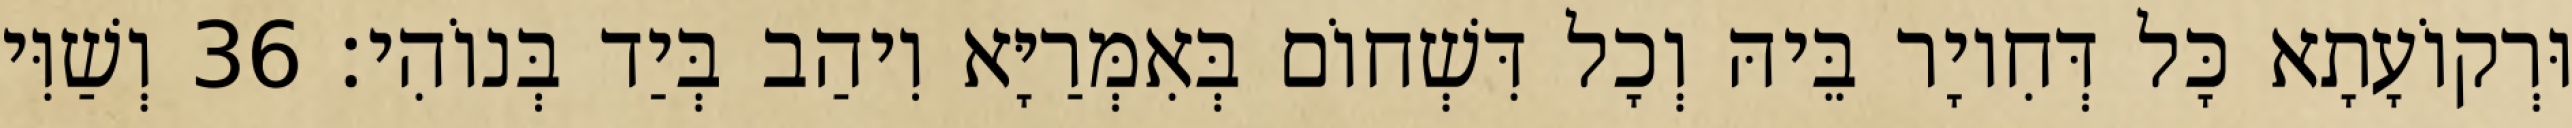
וּרְקוֹעָתָא כָּל דְּחִיוָר בֵּיהּ וְכָל דִּשְׁחוֹם בְּאִמְּרַיָּא וִיהַב בְּיַד בְּנוֹהִי׃ 36 וְשַׁוִּי